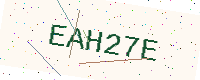
Text: EAH27E